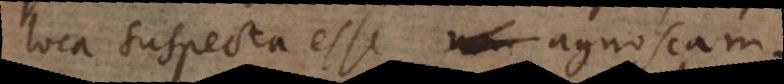
loca suspecta esse agnoscam.